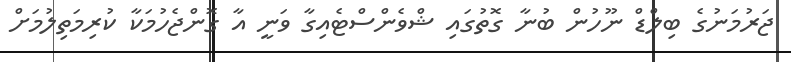
ޖަރުމަނުގެ ބިލްޑް ނޫހުން ބުނާ ގޮތުގައި ޝްވެންސްޓެއިގާ ވަނީ އާ ގޮންޖެހުމަކާ ކުރިމަތިލުމަށް